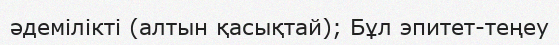
әдемілікті (алтын қасықтай); Бұл эпитет-теңеу